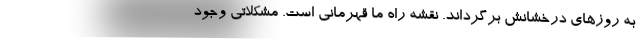
به روزهای درخشانش برگرداند. نقشه راه ما قهرمانی است. مشکلاتی وجود